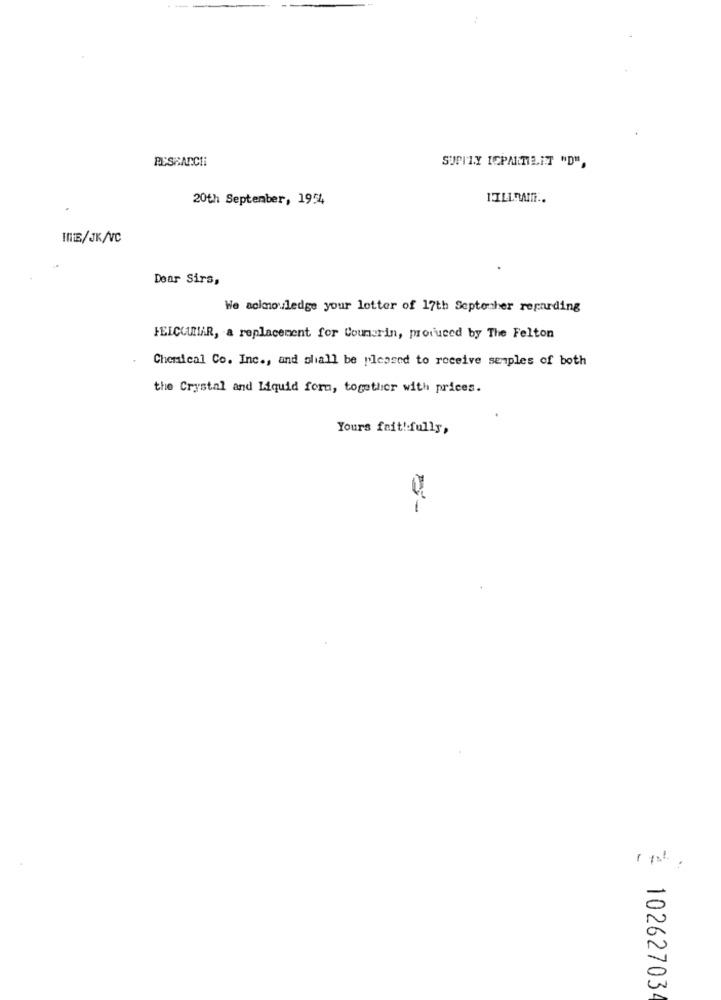
PESHARCI
SUPITY ICPARTE. IT "D",
20th September, 1954
HEB/JK/VC
Dear Sirs,
We acknowledge your lotter of 17th September regarding
FELCLUNAR, a replacement for Coumarin, produced by The Felton
Chemical Co. Inc ., and shall be pleased to receive senples of both
the Crystal and Liquid form, together with prices.
Yours fait!fully,
10262703